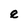
Character: e